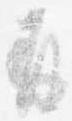
并